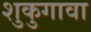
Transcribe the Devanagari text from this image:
शुकुगावा